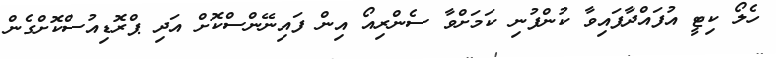
ހެލޯ ކިޓީ އުފައްދާފައިވާ ކުންފުނި ކަމަށްވާ ސެންރިއޯ އިން ފައިނޭންސްކޮށް އަދި ޕްރޮޑިއުސްކޮށްގެން